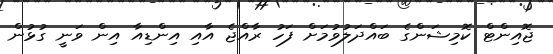
ޖޮއިންޓް ކޮމިޝަންގެ ބައްދަލުވުމަށް ފަހު ރާއްޖެ އާއި އިންޑިއާ އިން ވަނީ ގުޅުން